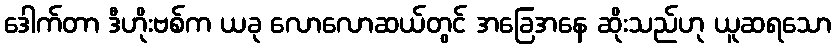
ဒေါက်တာ ဒီဟိုးဗစ်က ယခု လောလောဆယ်တွင် အခြေအနေ ဆိုးသည်ဟု ယူဆရသော